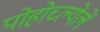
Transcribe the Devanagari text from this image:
पोहोच्ल्येलें